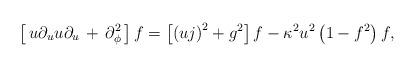
LaTeX: \begin{align*}\left[\,u\partial_uu\partial_u\,+\,\partial^2_\phi\,\right]f=\left[\left(uj\right)^2+g^2\right]f-\kappa^2u^2\left(1-f^2\right)f,\end{align*}